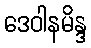
ဒေဝါနမိန္ဒ